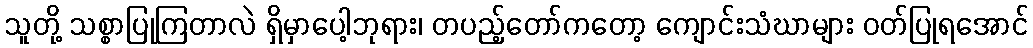
သူတို့ သစ္စာပြုကြတာလဲ ရှိမှာပေါ့ဘုရား၊ တပည့်တော်ကတော့ ကျောင်းသံဃာများ ဝတ်ပြုရအောင်